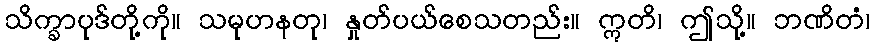
သိက္ခာပုဒ်တို့ကို။ သမုဟနတု၊ နှုတ်ပယ်စေသတည်း။ ဣတိ၊ ဤသို့။ ဘဏိတံ၊